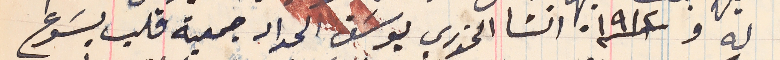
له و سنة ١٩١٢ انشا الخوري يوسَف الحداد جمعية قلب يسَوع